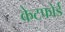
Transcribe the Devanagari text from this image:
केटफोर्ड